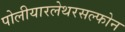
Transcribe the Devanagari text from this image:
पोलीयारलेथरसल्फोन